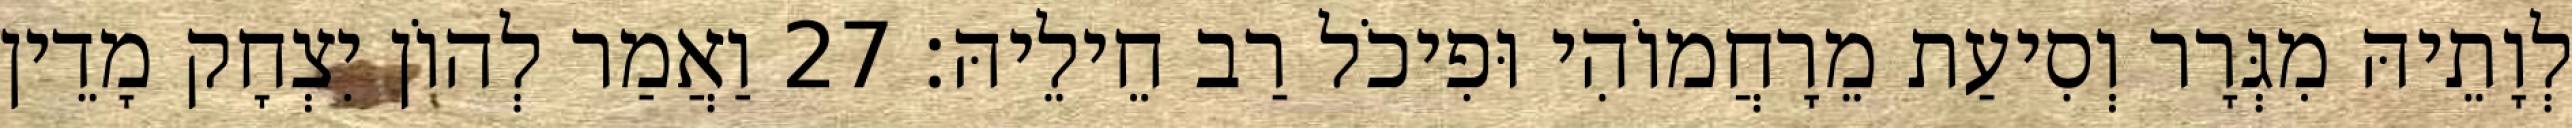
לְוָתֵיהּ מִגְּרָר וְסִיעַת מֵרָחֲמוֹהִי וּפִיכֹל רַב חֵילֵיהּ׃ 27 וַאֲמַר לְהוֹן יִצְחָק מָדֵין